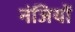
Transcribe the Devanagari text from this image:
नंजियों